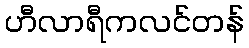
ဟီလာရီကလင်တန်